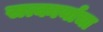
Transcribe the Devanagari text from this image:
सत्कार्याचा